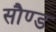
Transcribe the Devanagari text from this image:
सौण्ड